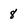
Character: 8